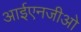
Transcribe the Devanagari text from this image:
आईएनजीओ